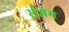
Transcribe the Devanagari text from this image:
संज्ञम